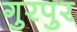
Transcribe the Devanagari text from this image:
गुरपुर